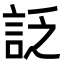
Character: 𧦟